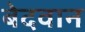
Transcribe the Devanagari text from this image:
बेदवान